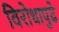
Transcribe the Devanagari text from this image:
विरोधापुढे